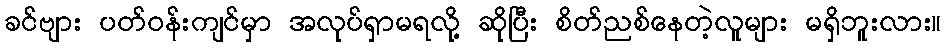
ခင်ဗျား ပတ်ဝန်းကျင်မှာ အလုပ်ရှာမရလို့ ဆိုပြီး စိတ်ညစ်နေတဲ့လူများ မရှိဘူးလား။